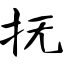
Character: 抚